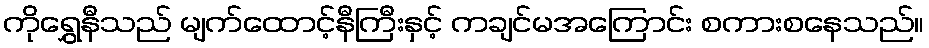
ကိုရွှေနီသည် မျက်ထောင့်နီကြီးနှင့် ကချင်မအကြောင်း စကားစနေသည်။